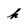
Character: h